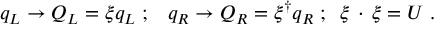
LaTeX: q _ { L } \rightarrow { \cal { Q } } _ { L } = \xi q _ { L } \; ; \; \; \; q _ { R } \rightarrow { \cal { Q } } _ { R } = \xi ^ { \dagger } q _ { R } \; ; \; \; \xi \, \cdot \, \xi = U \; .